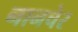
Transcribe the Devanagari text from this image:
नानचेर